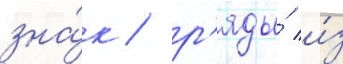
зна́к / р'яды́ и́з